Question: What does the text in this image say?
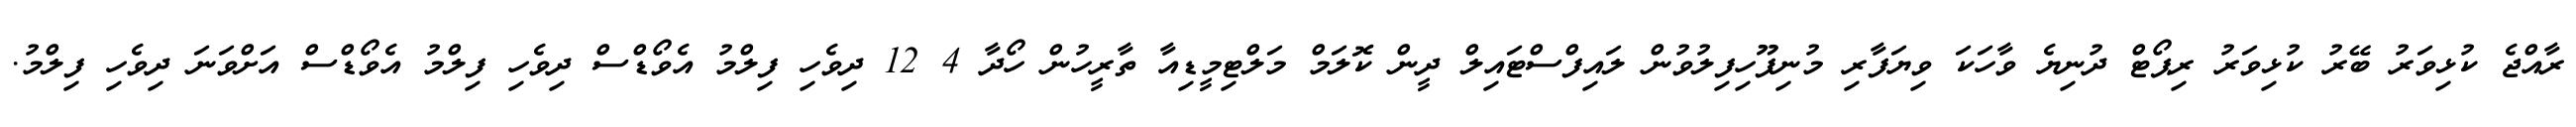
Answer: ރާއްޖެ ކުޅިވަރު ބޭރު ކުޅިވަރު ރިޕޯޓް ދުނިޔެ ވާހަކަ ވިޔަފާރި މުނިފޫހިފިލުވުން ލައިފްސްޓައިލް ދީން ކޮލަމް މަލްޓިމީޑިއާ ތާރީހުން ހޯދާ 4 12 ދިވެހި ފިލްމު އެވޯޑްސް ދިވެހި ފިލްމު އެވޯޑްސް އަށްވަނަ ދިވެހި ފިލްމު.